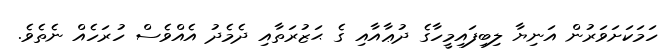
ހަމަކަށަވަރުން އަނިޔާ ލިބިފައިމީހާގެ ދުޢާއާއި ގެ ޙަޒުރަތާއި ދެމެދު އެއްވެސް ހުރަހެއް ނެތެވެ.